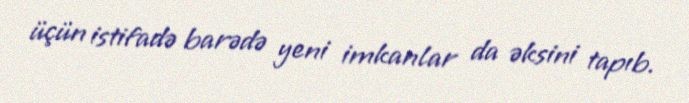
üçün istifadə barədə yeni imkanlar da əksini tapıb.